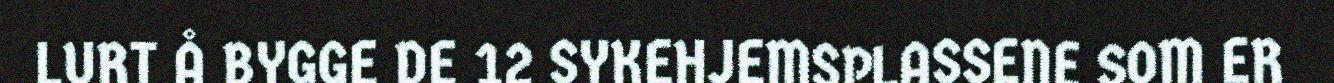
LURT Å BYGGE DE 12 SYKEHJEMSPLASSENE SOM ER